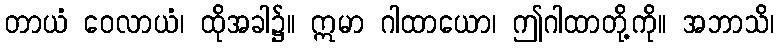
တာယံ ဝေလာယံ၊ ထိုအခါ၌။ ဣမာ ဂါထာယော၊ ဤဂါထာတို့ကို။ အဘာသိ၊